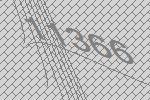
11366